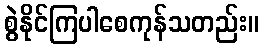
စွဲနိုင်ကြပါစေကုန်သတည်း။